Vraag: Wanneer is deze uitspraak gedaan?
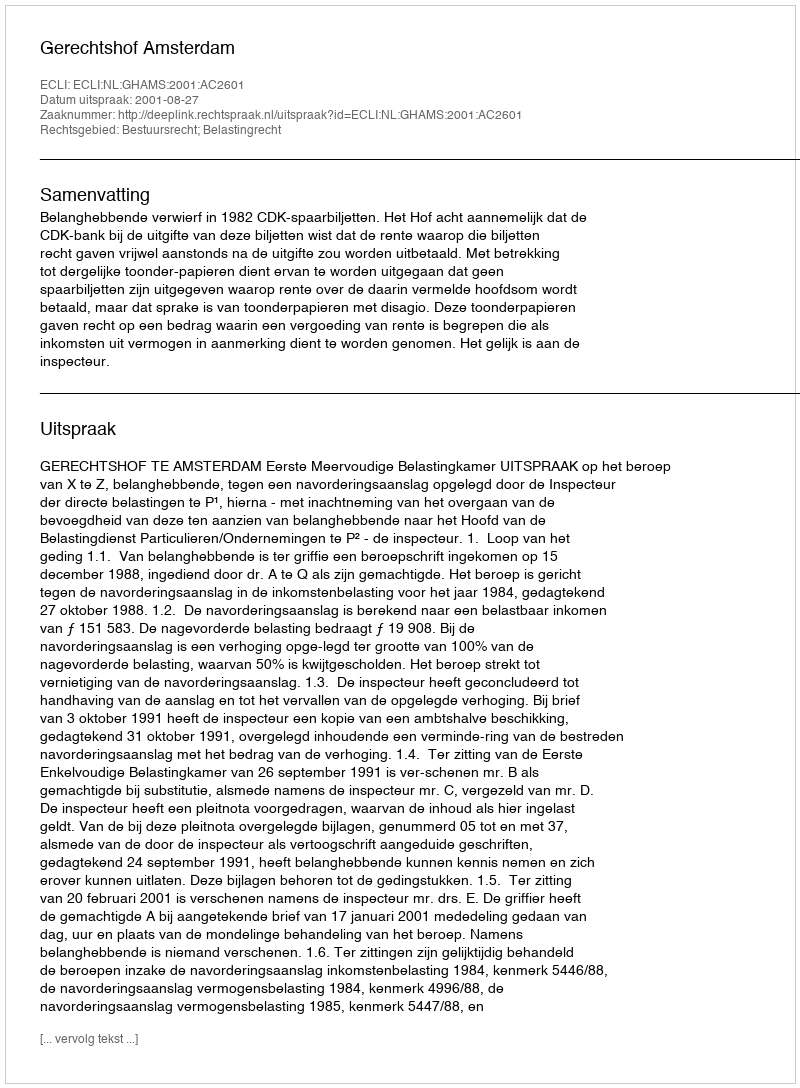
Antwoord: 2001-08-27